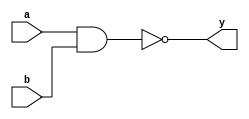
module _nand2(y, a, b);
	//output port
	output y;
	// input ports
	input a, b;
	
	assign y = !(a&b); // y is the calculated negation of the AND function operated by 'a' and 'b'.
	
endmodule


module _inv(y, a); 

	output y; //output port
	input a; //input port
	
	assign y = !a; // y is calculated the NOT function operated by 'a'.
	
endmodule

module _and2(y, a, b);

	output y; //output port
	input a, b; //input ports
	
	assign y= a & b;  // y is calculated the AND function operated by 'a' and 'b'.
	
endmodule

module _or2(y, a, b);
	
	output y; //output port
	input a, b; //input ports
	
	assign y = a | b; // y is calculated the OR function operated by 'a' and 'b'.
	
endmodule

module _xor2(y, a, b);
	//output port
	output y;
	//input ports
	input a, b;
	
	_inv inv0(.y(w0), .a(a)); // w0 is the calculated negation of the NOT function operated by 'a'.
	_inv inv1(.y(w1), .a(b)); //  w1 is the calculated negation of the NOT function operated by 'b'.
	
	_and2 and20(.y(w2), .a(a), .b(w1)); // w2 is calculated the AND function operated by 'a' and 'w1'.
	_and2 and21(.y(w3), .a(w0), .b(b)); // w3 is calculated the AND function operated by 'w0' and 'b'.
	
	_or2 or20(.y(y), .a(w2), .b(w3));  // y is calculated the OR function operated by 'w2' and 'w3'.
	
endmodule

module _and3(a, b, c, y);
	//output port
	output y;
	//intput ports
	input a, b, c;
	
	assign y = a & b & c; // y is calculated the AND function operated by 'a', 'b', and 'c'.

endmodule

module _and4(a, b, c, d, y);
	//output port
	output y;
	//intput ports
	input a, b, c, d;
	
	assign y = a & b & c & d; // y is calculated the AND function operated by 'a', 'b', 'c' and 'd'.

endmodule

module _and5(a, b, c, d, e, y);
	//output port
	output y;
	//intput ports
	input a, b, c, d, e;
	
	assign y = a & b & c & d & e; // y is calculated the AND function operated by 'a', 'b', 'c', 'd' and 'e'.

endmodule

module _or3(y, a, b, c);
	
	output y; //output port
	input a, b, c; //input ports
	
	assign y = a | b | c; // y is calculated the OR function operated by 'a', 'b' and 'c'.
	
endmodule

module _or4(y, a, b, c, d);
	
	output y; //output port
	input a, b, c, d; //input ports
	
	assign y = a | b | c | d; // y is calculated the OR function operated by 'a', 'b', 'c' and 'd'.
	
endmodule


module _or5(y, a, b, c, d, e);
	
	output y; //output port
	input a, b, c, d, e; //input ports
	
	assign y = a | b | c | d | e; // y is calculated the OR function operated by 'a', 'b', 'c', 'd' and 'e'.
	
endmodule

module _inv_4bits(a, y);
	input [3:0] a; // 4bit input bus port
	output [3:0] y; // 4bit output bus port
	
	assign y = ~a; // vector y is the calculated negation of the NOT function operated by vector 'a'.
	
endmodule

module _and2_4bits(a, b, y);
	input [3:0] a, b; // 4bit input bus ports
	output [3:0] y; // 4bit output bus port
	
	assign y = a & b; // vector y is calculated the AND function operated by vector 'a'.
	
endmodule

module _or2_4bits(a, b, y);
	input [3:0] a, b; // 4bit input bus ports
	output [3:0] y; // 4bit output bus port
	
	assign y = a | b; // vector y is calculated the OR function operated by vector 'a'.
	
endmodule

module _xor2_4bits(a, b, y);
	input [3:0] a, b; // 4bit input bus ports
	output [3:0] y; // 4bit output bus port
	
	_xor2 U0_xor2(.a(a[0]), .b(b[0]), .y(y[0])); // 'y[0]' is calculated the exclusive OR function operated by 'a[0]' and 'b[0]'.
	_xor2 U1_xor2(.a(a[1]), .b(b[1]), .y(y[1])); // 'y[1]' is calculated the exclusive OR function operated by 'a[1]' and 'b[1]'.
	_xor2 U2_xor2(.a(a[2]), .b(b[2]), .y(y[2])); // 'y[2]' is calculated the exclusive OR function operated by 'a[2]' and 'b[2]'.
	_xor2 U3_xor2(.a(a[3]), .b(b[3]), .y(y[3])); // 'y[3]' is calculated the exclusive OR function operated by 'a[3]' and 'b[3]'.
	
endmodule

module _xnor2_4bits(a, b, y);
	input [3:0] a, b; // 4bit input bus ports
	output [3:0] y; // 4bit output bus port
	wire[3:0] w0; // 4bit wire
	
	_xor2_4bits U0_xor2_4bits(.a(a), .b(b), .y(w0)); // vector w0 is calculated the exclusive OR function operated by vector 'a'.
	_inv_4bits U1_inv_4bits(.a(w0), .y(y)); // vector y is calculated the NOT function operaged by vector 'w0'.
	
endmodule